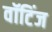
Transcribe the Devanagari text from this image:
वॉटिंज